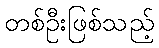
တစ်ဦးဖြစ်သည့်